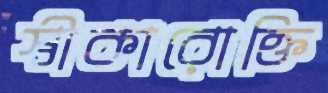
স্বীকারোক্তি